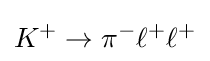
K^{+}\rightarrow \pi ^{-}\ell ^{+}\ell ^{+}